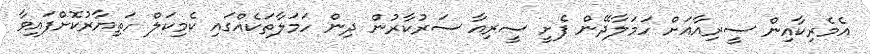
އެމެރިކާއިން ސީރިއާއަށް ހަމަލާދޭން ފެށީ ސީރިއާ ސަރުކާރުން ދިން ހަމަލާތަކެއްގައި ކެމިކަލް ހަތިޔާރުކޮށްފައިވާ